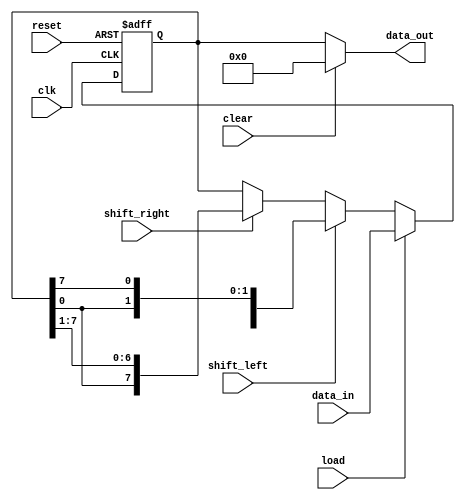
module UniversalShiftRegister (
  input wire clk,
  input wire reset,
  input wire load,
  input wire shift_left,
  input wire shift_right,
  input wire clear,
  input wire [7:0] data_in,
  output reg [7:0] data_out
);

reg [7:0] shift_reg;

always @(posedge clk or posedge reset) begin
  if (reset) begin
    shift_reg <= 8'b0;
  end else begin
    if (load) begin
      shift_reg <= data_in;
    end else begin
      if (shift_left) begin
        shift_reg <= {shift_reg[6:0], shift_reg[7]};
      end else if (shift_right) begin
        shift_reg <= {shift_reg[0], shift_reg[7:1]};
      end else begin
        shift_reg <= shift_reg;
      end
    end
  end
end

always @* begin
  if (clear) begin
    data_out = 8'b0;
  end else begin
    data_out = shift_reg;
  end
end

endmodule